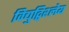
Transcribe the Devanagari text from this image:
विद्युद्विश्लेय